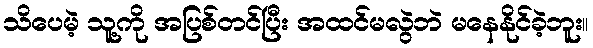
သိပေမဲ့ သူ့ကို အပြစ်တင်ပြီး အထင်မလွဲဘဲ မနေနိုင်ခဲ့ဘူး။